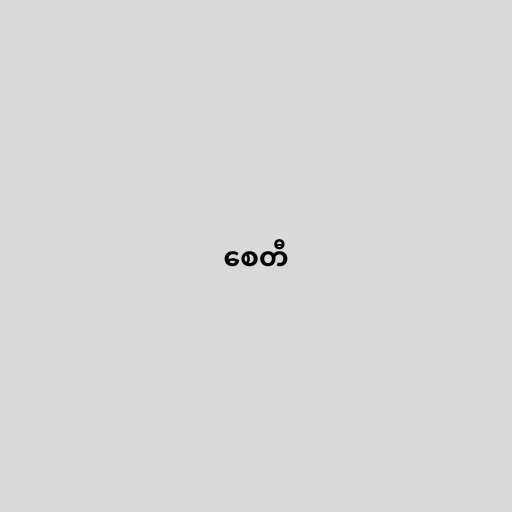
စေတီ